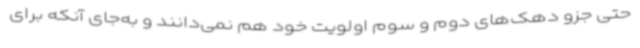
حتی جزو دهک‌های دوم و سوم اولویت خود هم نمی‌دانند و به‌جای آنکه برای